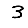
Digit: 3